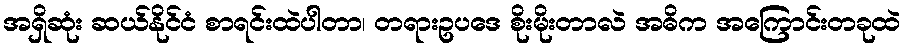
အရှိဆုံး ဆယ်နိုင်ငံ စာရင်းထဲပါတာ၊ တရားဥပဒေ စိုးမိုးတာလဲ အဓိက အကြောင်းတခုထဲ